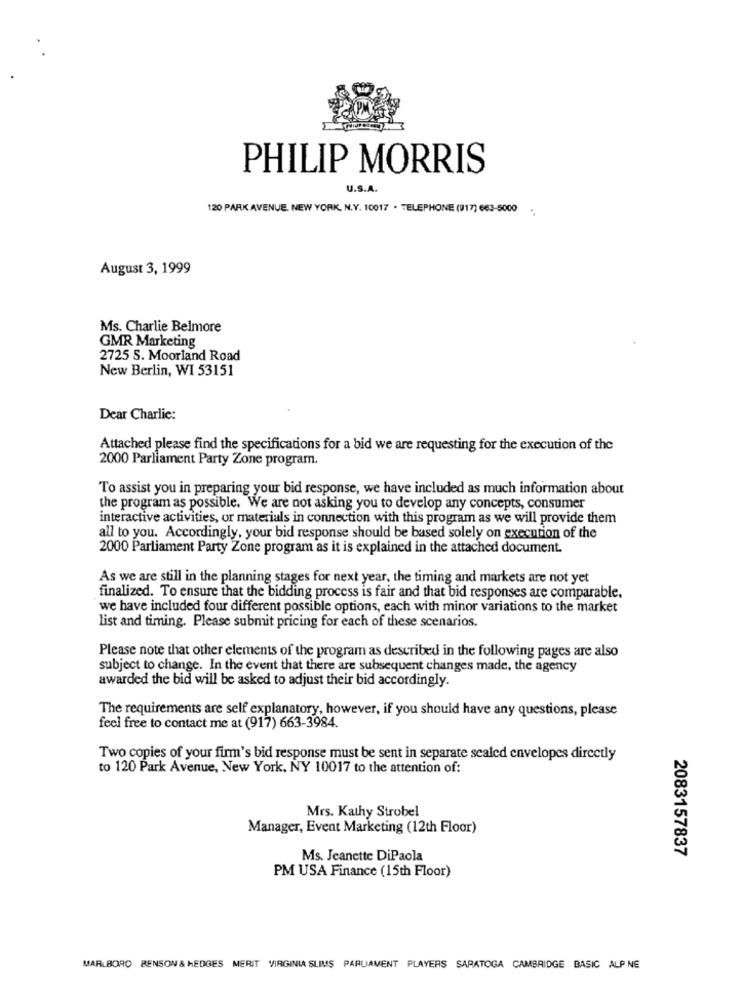
PHILIP MORRIS
U.S.A.
120 PARK AVENUE. NEW YORK, N.Y. 10017 . TELEPHONE (917) 663-5000 .
August 3, 1999
Ms. Charlie Belmore
GMR Marketing
2725 S. Moorland Road
New Berlin, WI 53151
Dear Charlie:
Attached please find the specifications for a bid we are requesting for the execution of the
2000 Parliament Party Zone program.
To assist you in preparing your bid response, we have included as much information about
the program as possible. We are not asking you to develop any concepts, consumer
interactive activities, or materials in connection with this program as we will provide them
all to you. Accordingly, your bid response should be based solely on execution of the
2000 Parliament Party Zone program as it is explained in the attached document.
As we are still in the planning stages for next year, the timing and markets are not yet
finalized. To ensure that the bidding process is fair and that bid responses are comparable.
we have included four different possible options, each with minor variations to the market
list and timing. Please submit pricing for each of these scenarios.
Please note that other elements of the program as described in the following pages are also
subject to change. In the event that there are subsequent changes made, the agency
awarded the bid will be asked to adjust their bid accordingly.
The requirements are self explanatory, however, if you should have any questions, please
feel free to contact me at (917) 663-3984.
Two copies of your firm's bid response must be sent in separate sealed envelopes directly
to 120 Park Avenue, New York, NY 10017 to the attention of:
Mrs. Kathy Strobel
Manager, Event Marketing (12th Floor)
2083157837
Ms. Jeanette DiPaola
PM USA Finance (15th Floor)
MARLBORO BENSON & HEDGES MERIT VIRGINIA SLIMS PARLAMENT PLAYERS SARATOGA CAMBRIDGE BASIC ALP NE